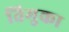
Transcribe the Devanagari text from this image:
तिमुका